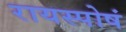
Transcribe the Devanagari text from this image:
रायस्पोषं